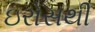
ઇરોસથી